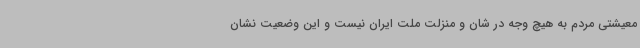
معیشتی مردم به هیچ وجه در شان و منزلت ملت ایران نیست و این وضعیت نشان